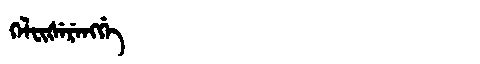
Manchu: ᡴᡝᠯᠸᡳᡧᡝᡵᡝᠩᡤᡝ
Romanization: KELFIŠERENGGE